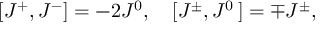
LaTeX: [ J ^ { + } , J ^ { - } ] = - 2 J ^ { 0 } , \quad [ J ^ { \pm } , J ^ { 0 } \, ] = \mp J ^ { \pm } ,